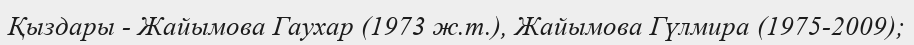
Қыздары - Жайымова Гаухар (1973 ж.т.), Жайымова Гүлмира (1975-2009);